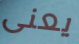
يعنى